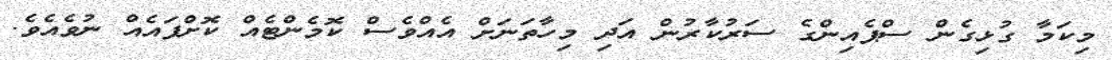
މިކަމާ ގުޅިގެން ސްޕެއިންގެ ސަރުކާރުން އަދި މިހާތަނަށް އެއްވެސް ކޮމެންޓެއް ކޮށްފައެއް ނުވެއެވެ.